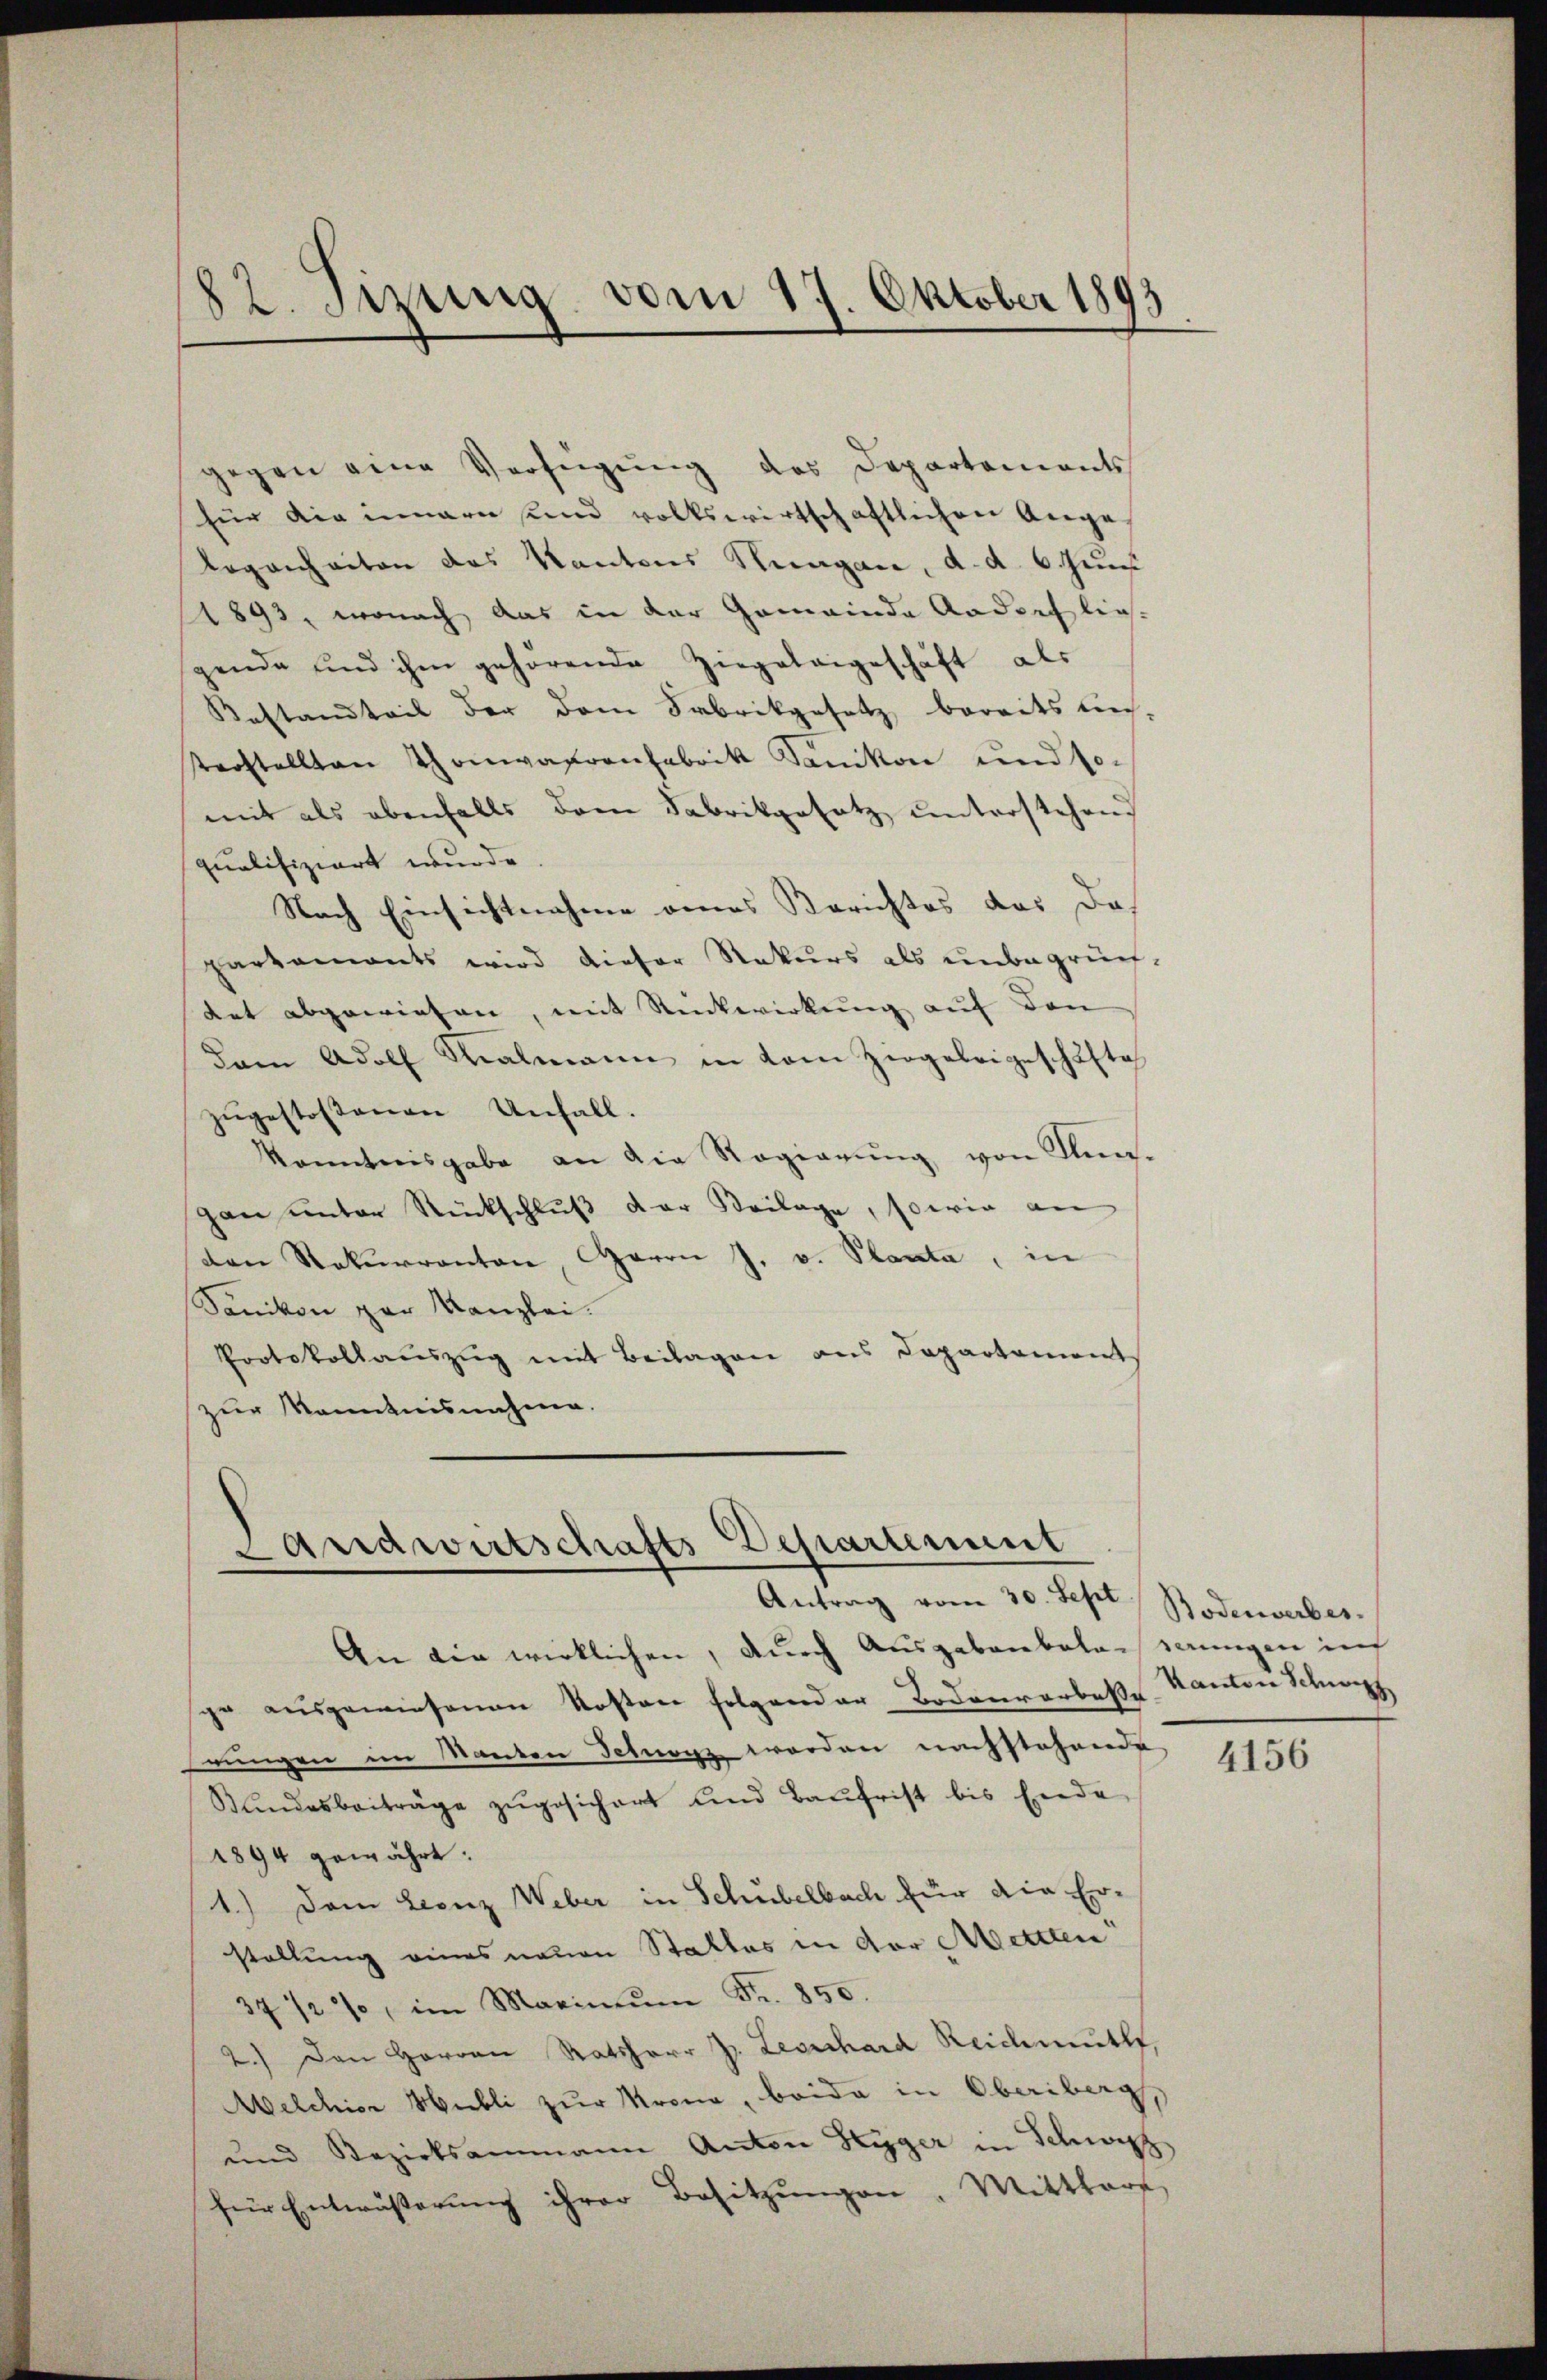
82. Sizung vom 17. Oktober 1893

gegen eine Verfügung des Departements
für die inneren und volkswirtschaftlichen Ange
legenheiten das Kantons Hungen, d. d. 6. Juni
1893, wonach das in der Gemeinde Aadorflies-
gende und ihm gehörende Ziegeleigeschäft als
Restandteil der dem Fabrikgesetz bereits an,
terstellten Thomvarenfabrik Sanikon und somit als ebenfalls dem Fabrikgesetz unterstehend
qualifiziert wurde
Nach Einsichtnahme eines Berichtes das das
partements wird dieser Rekurs als unbegrünf-
tet abgewiesen, mit Rückwirkung auf den
dam Adolf Salmann in dem Ziegeleigeschäfte
zŭgestossenen Unfall.
kanntnisgabe an die Regierung von Kna¬
Gan unter Rückschluß der Beilage, sowie an
den Rekurrenten, Herrn J. v. Planta, in
Sänikon par Kanzlei.
Protokollauszug mit Beilagen aus Departement
zur Kenntnisnahme.

Departement
Landwirtschafts
Antrag vom 30. Sept. Bodenverber.

An die wirklichen, durch Ausgabenbelasserungen inf
ge aŭsgewiesenen Kosten folgender Bodenarbeβe Kanton Schwerz
rungen im Manten Schnen worden nachstehende
Bŭndesbeiträge zŭgesichert und Baŭfrist bis Ende
1894 gewährt:
1.) Dem Leonz Weber in Schubelbach für die Erstellung eines neuen Stattes in der Mettlen
37 1/2%, im Marineŭm Fr. 850.
2.) Den Herren Ratsherr J. Leonhard Reichmuth,
Melchior Hubli zur Krona, beide in Oberiberg,
und Bezirksammann Anton Hüger in Schwarz
für Entwässerung ihrer Besitzungen, Mitthar

4156